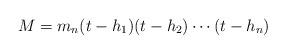
LaTeX: \begin{align*} M = m_n(t - h_1)(t - h_2) \cdots (t - h_n)\end{align*}